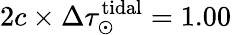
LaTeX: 2c\times\Delta\tau_{\odot}^{\mathrm{tidal}}=1.00